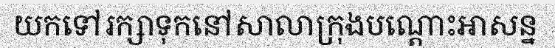
យកទៅរក្សាទុកនៅសាលាក្រុងបណ្តោះអាសន្ន